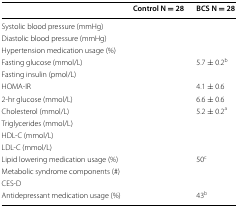
<table><thead><tr><td>[EMPTY_CELL]</td><td><b>Control N = 28</b></td><td><b>BCS N = 28</b></td></tr></thead><tbody><tr><td>Systolic blood pressure (mmHg)</td><td>[EMPTY_CELL]</td><td>[EMPTY_CELL]</td></tr><tr><td>Diastolic blood pressure (mmHg)</td><td>[EMPTY_CELL]</td><td>[EMPTY_CELL]</td></tr><tr><td>Hypertension medication usage (%)</td><td>[EMPTY_CELL]</td><td>[EMPTY_CELL]</td></tr><tr><td>Fasting glucose (mmol/L)</td><td>[EMPTY_CELL]</td><td>5.7 ± 0.2<sup>b</sup></td></tr><tr><td>Fasting insulin (pmol/L)</td><td>[EMPTY_CELL]</td><td>[EMPTY_CELL]</td></tr><tr><td>HOMA-IR</td><td>[EMPTY_CELL]</td><td>4.1 ± 0.6</td></tr><tr><td>2-hr glucose (mmol/L)</td><td>[EMPTY_CELL]</td><td>6.6 ± 0.6</td></tr><tr><td>Cholesterol (mmol/L)</td><td>[EMPTY_CELL]</td><td>5.2 ± 0.2<sup>a</sup></td></tr><tr><td>Triglycerides (mmol/L)</td><td>[EMPTY_CELL]</td><td>[EMPTY_CELL]</td></tr><tr><td>HDL-C (mmol/L)</td><td>[EMPTY_CELL]</td><td>[EMPTY_CELL]</td></tr><tr><td>LDL-C (mmol/L)</td><td>[EMPTY_CELL]</td><td>[EMPTY_CELL]</td></tr><tr><td>Lipid lowering medication usage (%)</td><td>[EMPTY_CELL]</td><td>50<sup>c</sup></td></tr><tr><td>Metabolic syndrome components (#)</td><td>[EMPTY_CELL]</td><td>[EMPTY_CELL]</td></tr><tr><td>CES-D</td><td>[EMPTY_CELL]</td><td>[EMPTY_CELL]</td></tr><tr><td>Antidepressant medication usage (%)</td><td>[EMPTY_CELL]</td><td>43<sup>b</sup></td></tr></tbody></table>